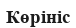
Көрініс